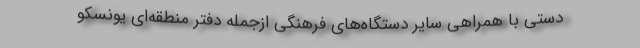
دستی با همراهی سایر دستگاه‌های فرهنگی ازجمله دفتر منطقه‌ای یونسکو